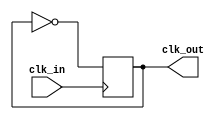
///////////////////////////////////////////////////////////////////////////
// Clock_divider.v - clock divider
//
//
// Description:
// ------------
// Generate 1/2 clock signal from an input clock source
//
///////////////////////////////////////////////////////////////////////////

module Clock_divider(
    input   clk_in,               // Input clock 
    output  clk_out              // Output 1/2 clock
);
    // Internal clock value
    reg int_clock_out = 0;
    
    // FF_for generate 1/2 clock signal
    always @ (posedge clk_in) begin
            int_clock_out <= ~int_clock_out; 
    end
        
    // Assign value to output
    assign clk_out = int_clock_out;
    
endmodule